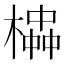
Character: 𪳱